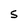
Character: S